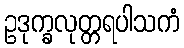
ဥဒုက္ခလုတ္တရပါသကံ